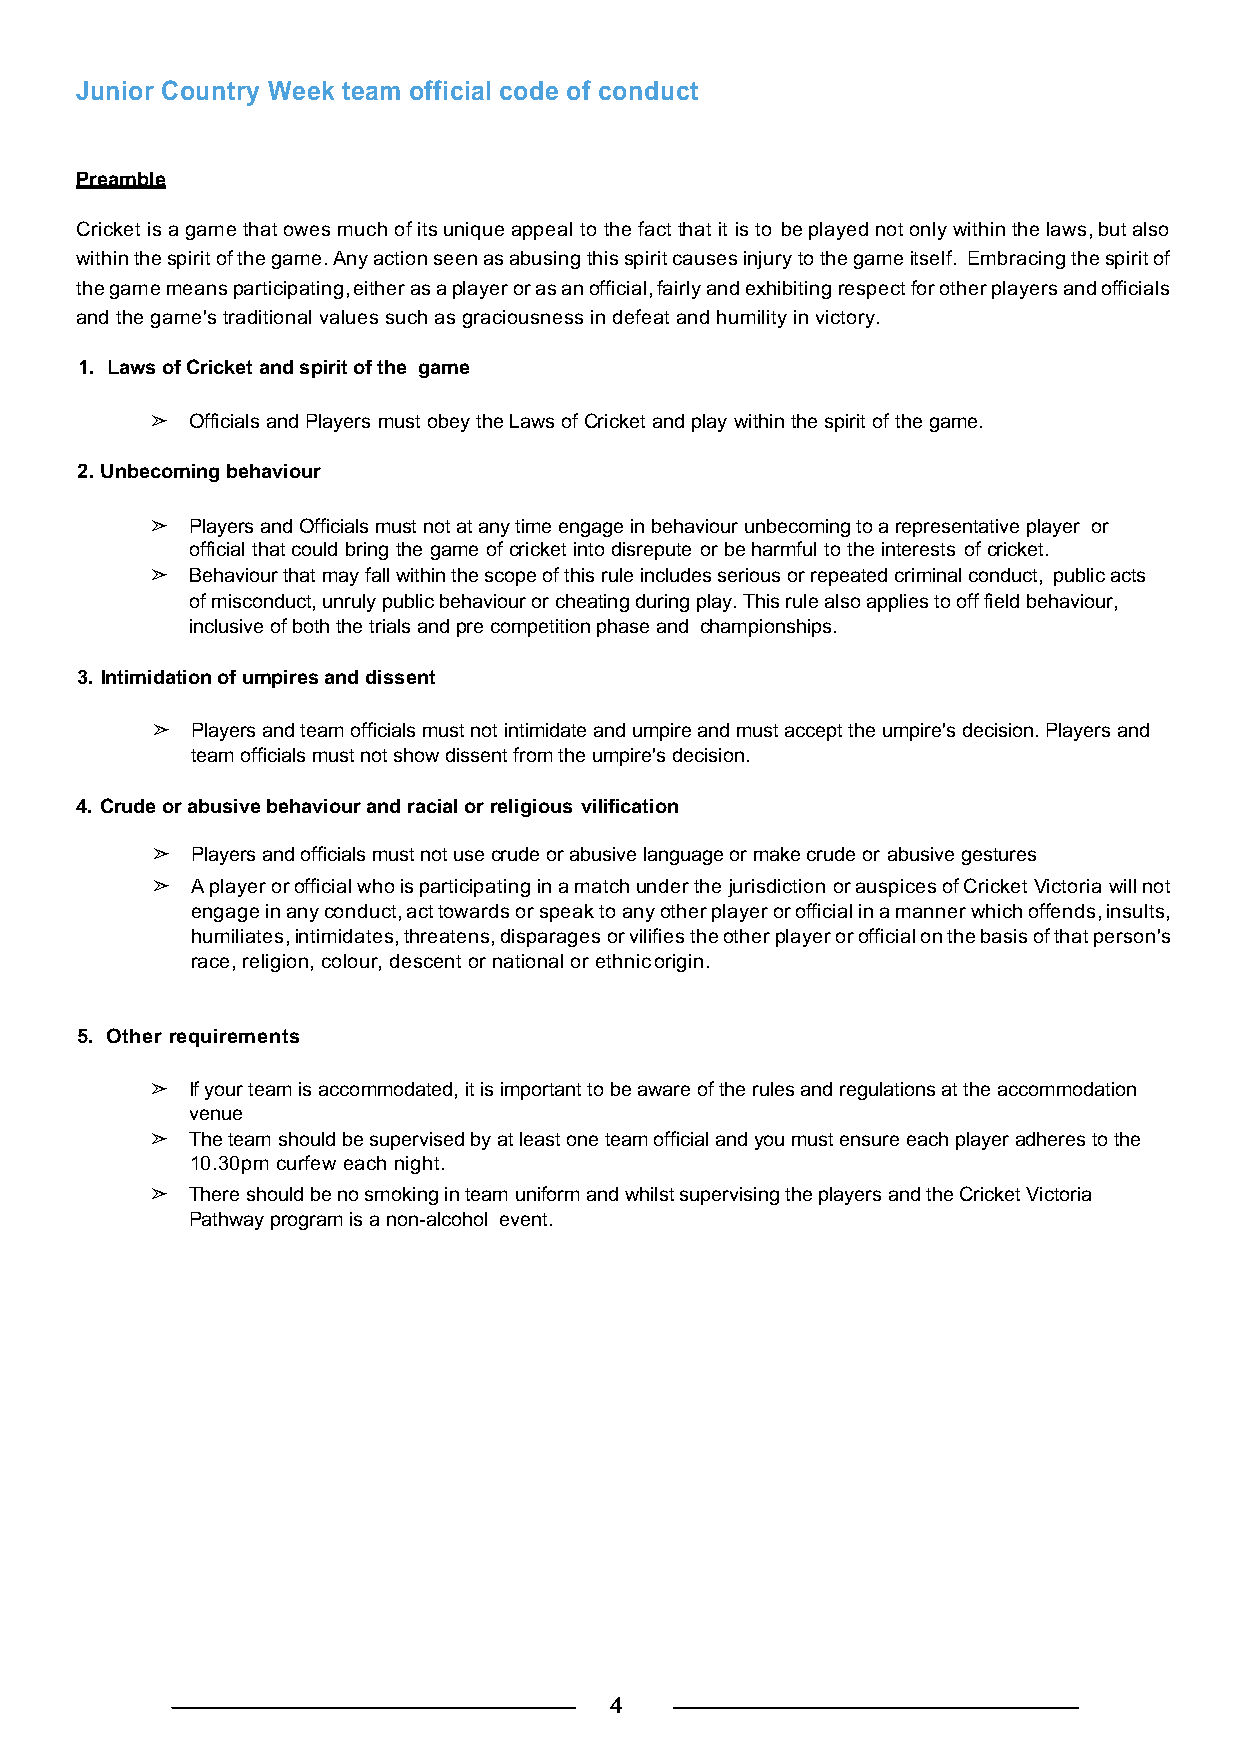
Junior Country Week team official code of conduct
 Preamble
 Cricket is a game that owes much of its unique appeal to the fact that it is to be played not only within the laws, but also
 within the spirit of the game. Any action seen as abusing this spirit causes injury to the game itself. Embracing the spirit of
 the game means participating, either as a player or as an official, fairly and exhibiting respect for other players and officials
 and the game's traditional values such as graciousness in defeat and humility in victory.
 1. Laws of Cricket and spirit of the game
 ➢  Officials and Players must obey the Laws of Cricket and play within the spirit of the game.
 2. Unbecoming behaviour
 ➢  Players and Officials must not at any time engage in behaviour unbecoming to a representative player or
 official that could bring the game of cricket into disrepute or be harmful to the interests of cricket.
 ➢  Behaviour that may fall within the scope of this rule includes serious or repeated criminal conduct, public acts
 of misconduct, unruly public behaviour or cheating during play. This rule also applies to off field behaviour,
 inclusive of both the trials and pre competition phase and championships.
 3. Intimidation of umpires and dissent
 ➢  Players and team officials must not intimidate and umpire and must accept the umpire's decision. Players and
 team officials must not show dissent from the umpire's decision.
 4. Crude or abusive behaviour and racial or religious vilification
 ➢  Players and officials must not use crude or abusive language or make crude or abusive gestures
 ➢  A player or official who is participating in a match under the jurisdiction or auspices of Cricket Victoria will not
 engage in any conduct, act towards or speak to any other player or official in a manner which offends, insults,
 humiliates, intimidates, threatens, disparages or vilifies the other player or official on the basis of that person's
 race, religion, colour, descent or national or ethnic origin.
 5. Other requirements
 ➢ If your team is accommodated, it is important to be aware of the rules and regulations at the accommodation
 venue
 ➢ The team should be supervised by at least one team official and you must ensure each player adheres to the
 10.30pm curfew each night.
 ➢ There should be no smoking in team uniform and whilst supervising the players and the Cricket Victoria
 Pathway program is a non-alcohol event.
 4